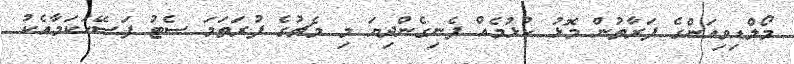
މޯލްޑިވިއަންގެ ފަރާތުން މޮޅު ކުޅުމެއް ފެނިގެންދިޔަ މި މެޗުގެ ފުރަތަމަ ސެޓު ފަސޭހަކަމާއެކު